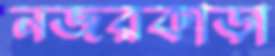
নজরকাড়া